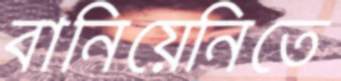
বানিয়েনিতে